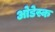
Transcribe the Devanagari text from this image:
ओडेस्क